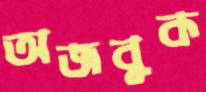
অজবুক